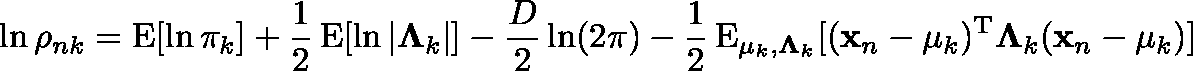
\ln \rho _ { n k } = \operatorname { E } [ \ln \pi _ { k } ] + { \frac { 1 } { 2 } } \operatorname { E } [ \ln | \mathbf { \Lambda } _ { k } | ] - { \frac { D } { 2 } } \ln ( 2 \pi ) - { \frac { 1 } { 2 } } \operatorname { E } _ { \mathbf { \mu } _ { k } , \mathbf { \Lambda } _ { k } } [ ( \mathbf { x } _ { n } - \mathbf { \mu } _ { k } ) ^ { \mathrm { { T } } } \mathbf { \Lambda } _ { k } ( \mathbf { x } _ { n } - \mathbf { \mu } _ { k } ) ]